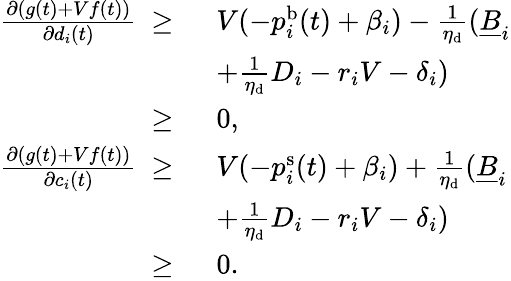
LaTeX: \begin{array}{rl}{\frac{\partial(g(t)+Vf(t))}{\partial d_{i}(t)}~\ge~}&{V(-p_{i}^{\mathrm{b}}(t)+\beta_{i})-\frac{1}{\eta_{\mathrm{d}}}(\underline{{B}}_{i}}\\ &{+\frac{1}{\eta_{\mathrm{d}}}D_{i}-r_{i}V-\delta_{i})}\\ {\ge~}&{0,}\\ {\frac{\partial(g(t)+Vf(t))}{\partial c_{i}(t)}~\ge~}&{V(-p_{i}^{\mathrm{s}}(t)+\beta_{i})+\frac{1}{\eta_{\mathrm{d}}}(\underline{{B}}_{i}}\\ &{+\frac{1}{\eta_{\mathrm{d}}}D_{i}-r_{i}V-\delta_{i})}\\ {\ge~}&{0.}\end{array}